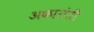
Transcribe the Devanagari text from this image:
अकारांती